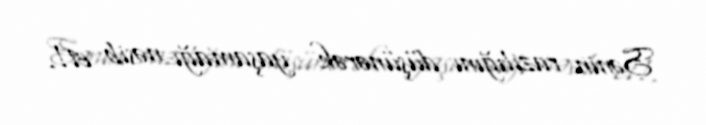
Sənin razılığını düşünərək yaşamağı nəsib et!.